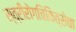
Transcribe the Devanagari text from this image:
स्त्रीरोगचिकित्सेचा